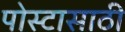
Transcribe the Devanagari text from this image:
पोस्टासाठी